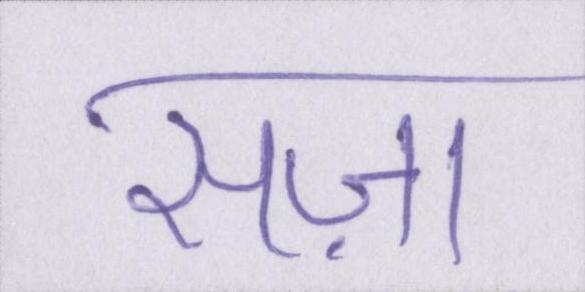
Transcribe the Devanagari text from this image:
सज़ा